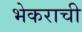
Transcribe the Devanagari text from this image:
भेकराची